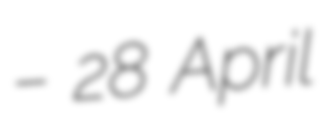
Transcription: – 28 April